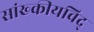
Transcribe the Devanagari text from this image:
सांख्कीयविद्